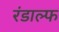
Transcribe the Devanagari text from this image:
रंडाल्फ